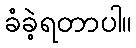
ခံခဲ့ရတာပါ။